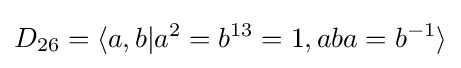
D_{26}=\langle a,b|a^{2}=b^{13}=1,aba=b^{-1}\rangle